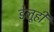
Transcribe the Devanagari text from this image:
डेलूही